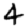
Digit: 4